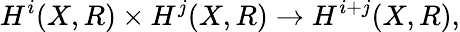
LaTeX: H^{i}(X,R)\times H^{j}(X,R)\to H^{i+j}(X,R),